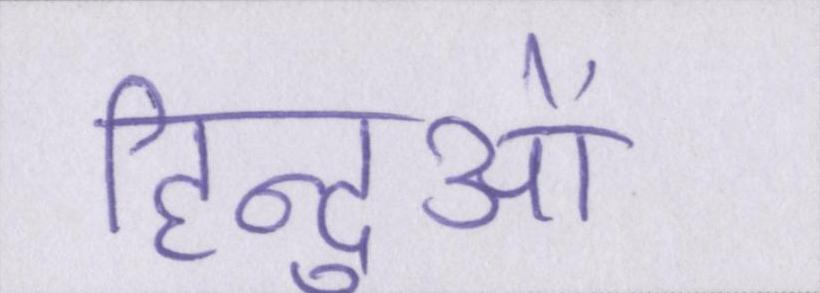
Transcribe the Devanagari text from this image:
हिन्दुओं